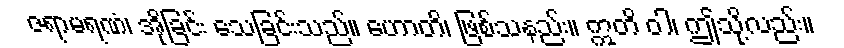
ဇရာမရဏံ၊ အိုခြင်း သေခြင်းသည်။ ဟောတိ၊ ဖြစ်သနည်း။ ဣတိ ဝါ၊ ဤသို့လည်း။